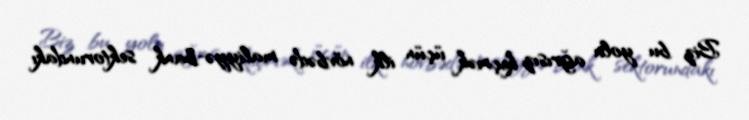
Biz bu yolu ağrısız keçmək üçün ilk növbədə maliyyə-bank sektorundakı